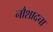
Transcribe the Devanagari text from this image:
नौशादचा